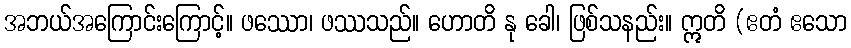
အဘယ်အကြောင်းကြောင့်။ ဖဿော၊ ဖဿသည်။ ဟောတိ နု ခေါ၊ ဖြစ်သနည်း။ ဣတိ (ဧတံ ဧသော